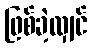
ဖြစ်ခဲ့လျှင်